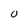
Character: 0